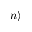
| n \rangle